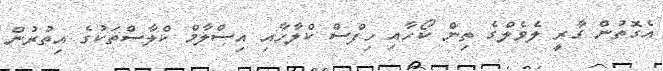
އެގޮތުން ގާރީ ލެވެލްގެ ތިން ކޯހާއި ހިފްސް ކްލާހާއި އިސްލާމް ކްލާސްތަކުގެ އިތުރުން